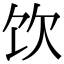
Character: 饮